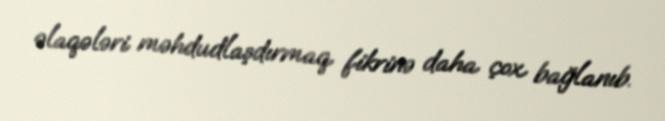
əlaqələri məhdudlaşdırmaq fikrinə daha çox bağlanıb.